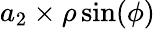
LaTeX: a_{2}\times\rho\sin(\phi)